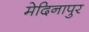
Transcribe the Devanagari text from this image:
मेदिनापुर